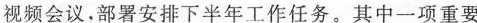
视频会议，部署安排下半年工作任务。其中一项重要